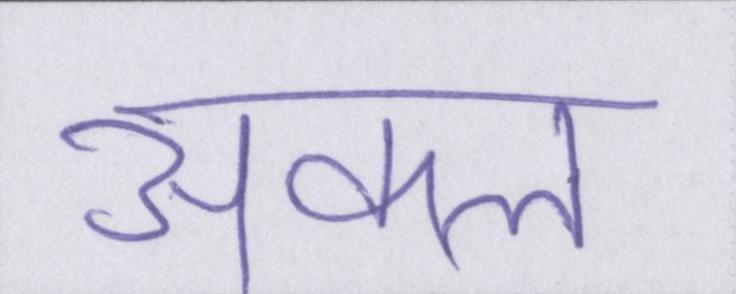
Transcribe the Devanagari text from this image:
अकल